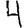
Digit: 4